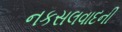
નકસલવાદની